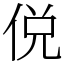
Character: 侻